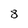
Character: 8